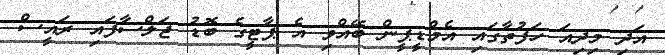
އަދި މިދިއަ ހަފުތާގައި އެމްޑީޕީން ބޭއްވި އެ ޕާޓީގެ ބޮޑު ޖަލްސާފައި ރައީސް